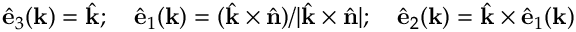
\hat { \bf e } _ { 3 } ( \mathbf { k } ) = \hat { \bf k } ; ~ ~ ~ \hat { \bf e } _ { 1 } ( \mathbf { k } ) = ( \hat { \bf k } \times \hat { \bf n } ) / \lvert \hat { \bf k } \times \hat { \bf n } \rvert ; ~ ~ ~ \hat { \bf e } _ { 2 } ( \mathbf { k } ) = \hat { \bf k } \times \hat { \bf e } _ { 1 } ( \mathbf { k } )